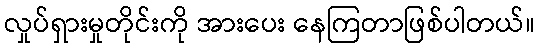
လှုပ်ရှားမှုတိုင်းကို အားပေး နေကြတာဖြစ်ပါတယ်။